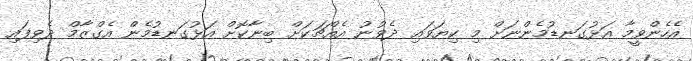
އެހެންވީމާ އަޅުގަނޑުމެންނަށް މި ކިޔަވައި ދެވުނު އެއްޗަކަށް ބިނާކޮށް އަޅުގަނޑުމެން އެގްޒާމް ދެވިފައި